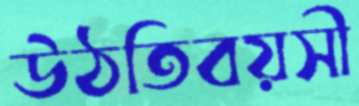
উঠতিবয়সী